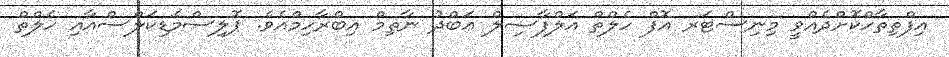
އިފްތިތާހްކޮށްދެއްވީ މިނިސްޓަރ އޮފް ހެލްތް އަލްފާޟިލް ޢަބްދު ނާޡިމް އިބްރާހިމްއެވެ. ޕޮލިސްމެޑިކަލްސްއާއި ހެލްތް